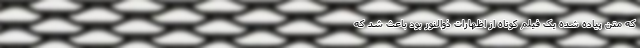
که متن پیاده شده یک فیلم کوتاه از اظهارات ذوالنور بود باعث شد که